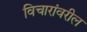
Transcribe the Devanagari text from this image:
विचारांवरील